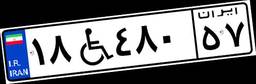
۱۸W۴۸۰۵۷